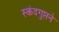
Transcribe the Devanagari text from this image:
स्कंदगुप्तने